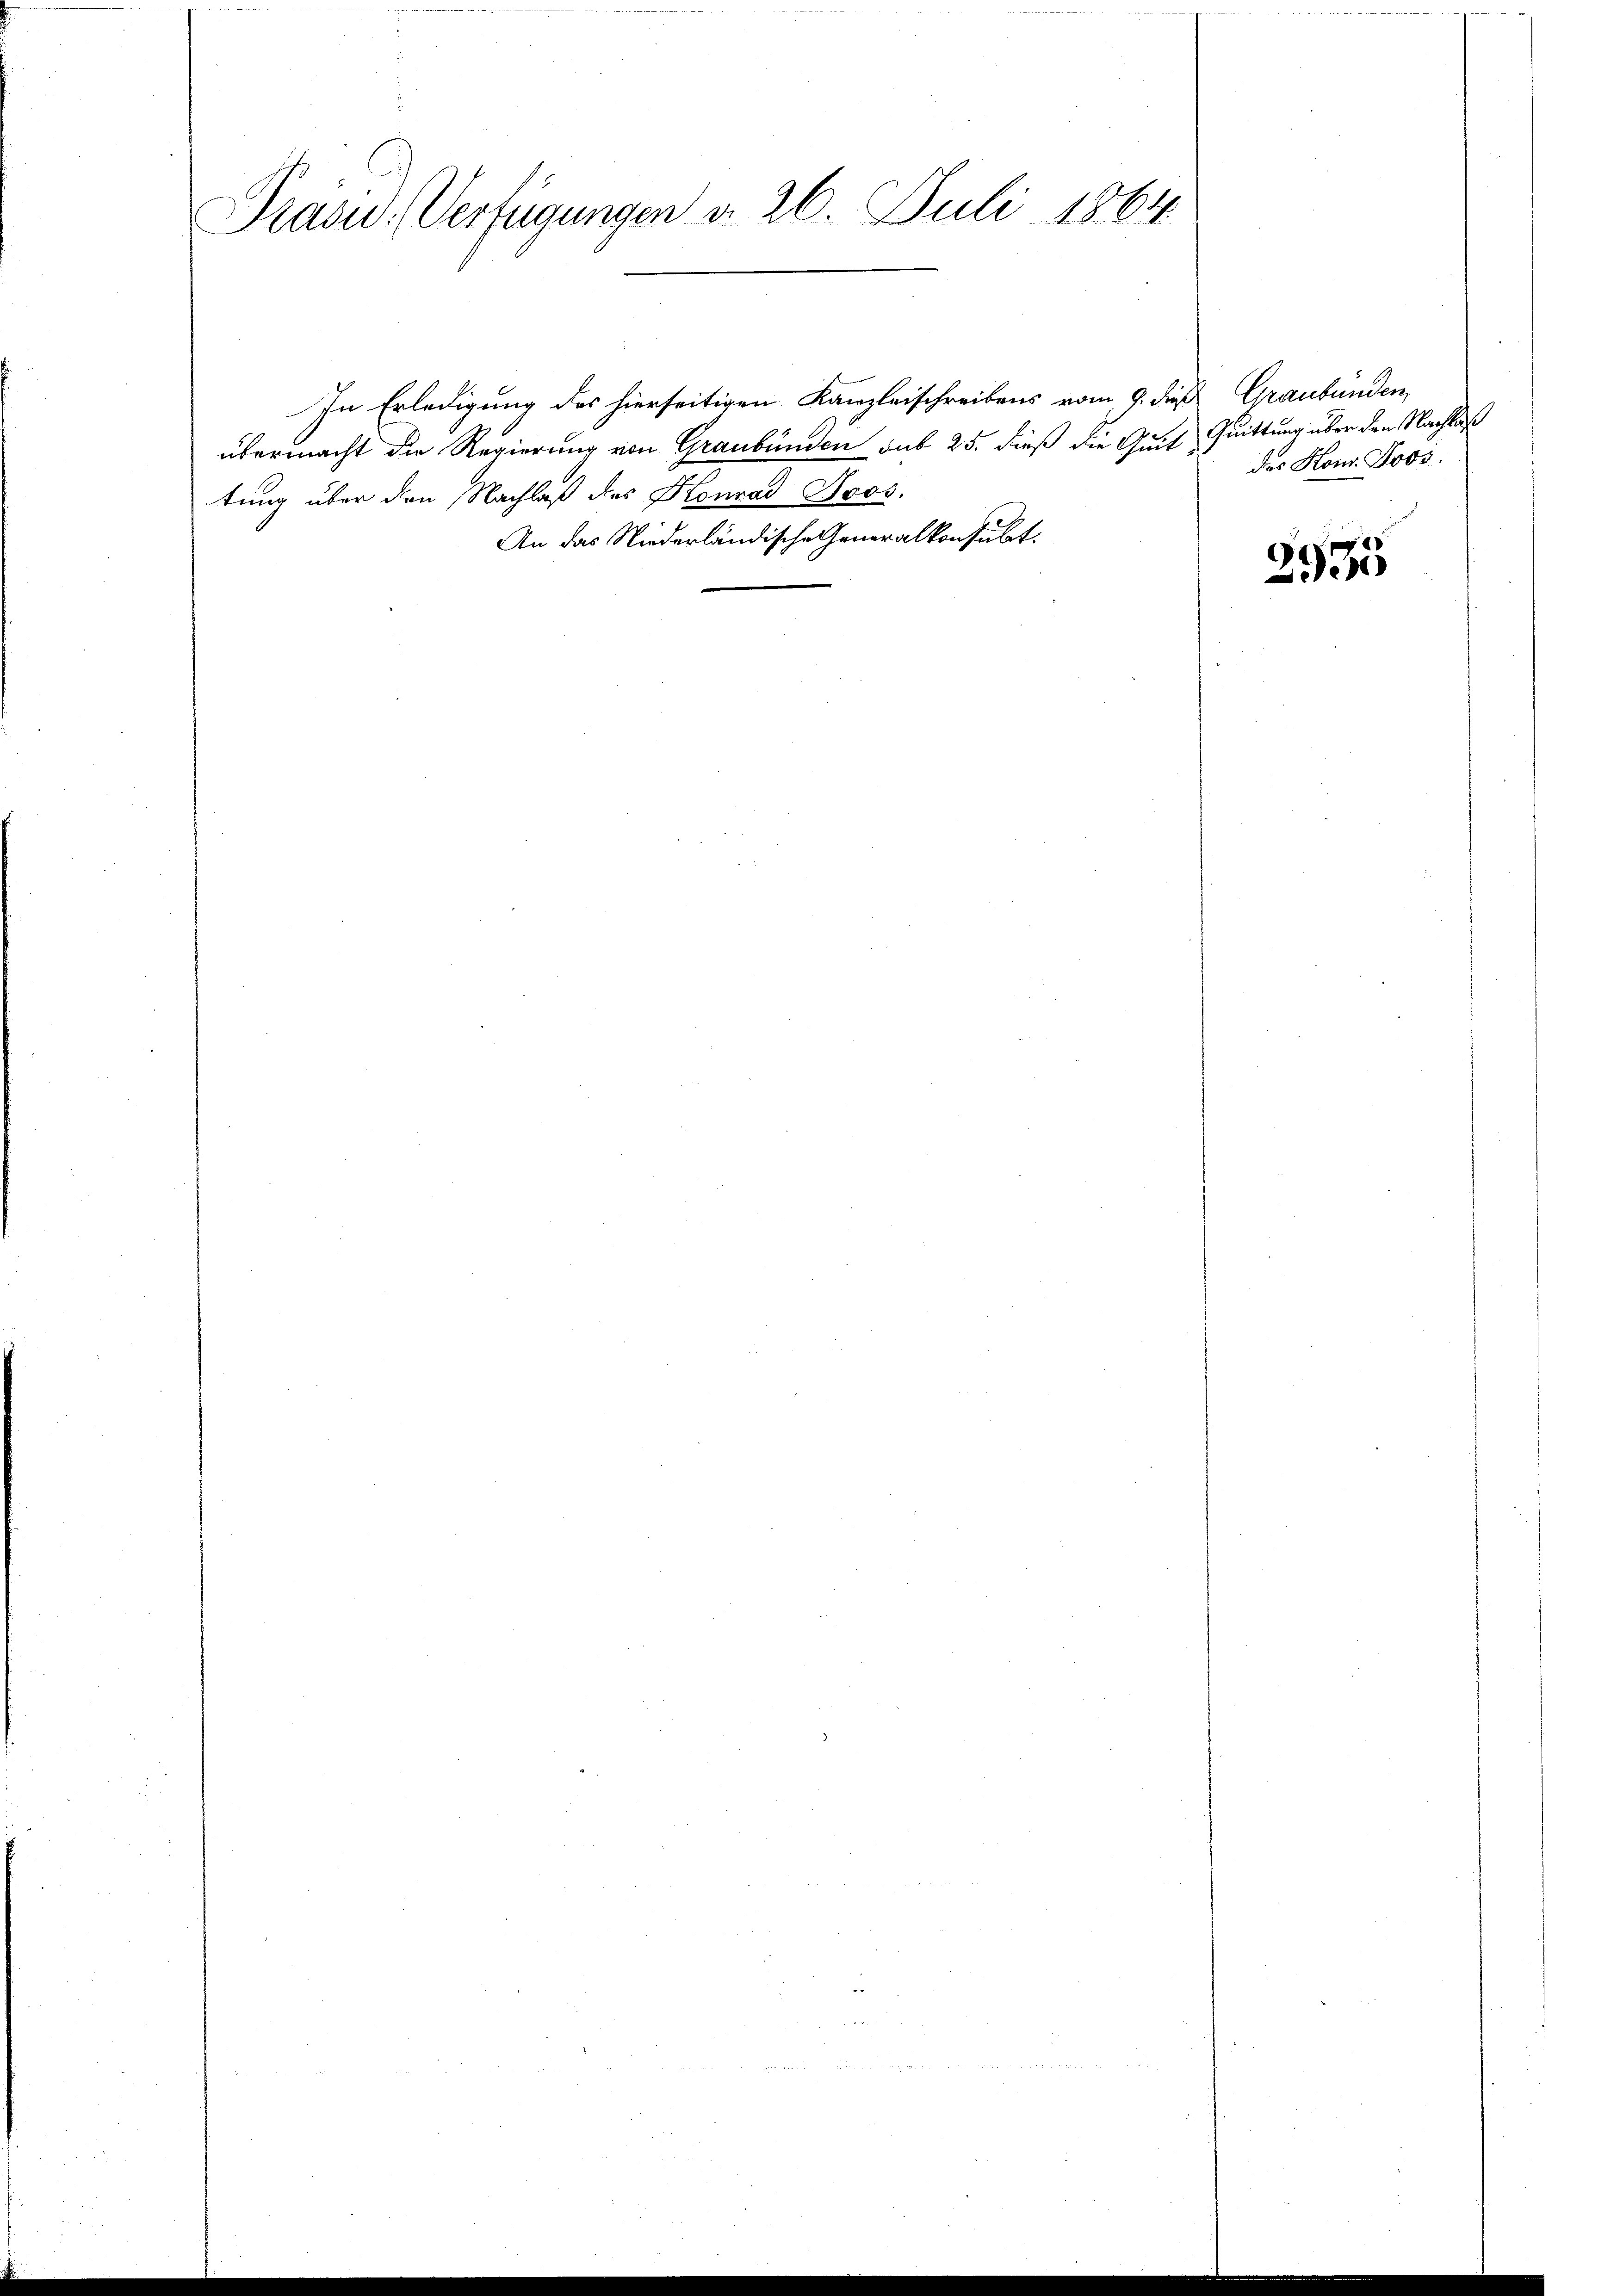
Präsid. Verfügungen d. 26. Juli 1864.

In Erledigung des hierseitigen Kanzleischreibens vom 9. d. Graubünden,
übermacht die Regierung von Graubünden sub 25. dieß die Quit Quittung über den Nachlaß
tung über den Nachlaß des Konrad Hoos.
An das Niederländische Generalkonsulat

das Konr. Boos:

2935